Indian journal of veterinary science and animal husbandry - Volume 8,
Year: 1938
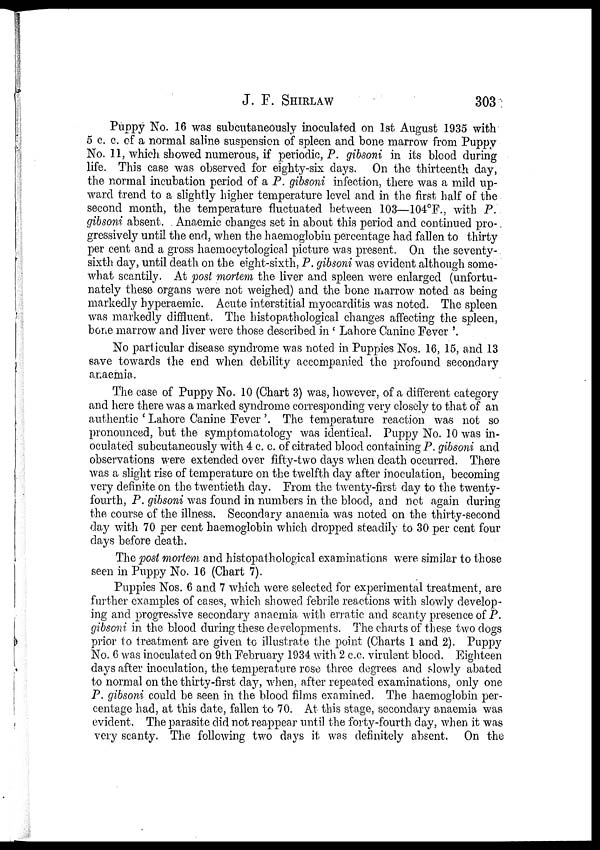
J. F.
SHIRLAW
303
Puppy No. 16 was subcutaneously inoculated on 1st August 1935 with
5 c. c. of a normal saline suspension of spleen and bone marrow from Puppy
No. 11, which showed numerous, if periodic, P. gibsoni in its blood during
life. This case was observed for eighty-six days. On the thirteenth day,
the normal incubation period of a P. gibsoni infection, there was a mild up-
ward trend to a slightly higher temperature level and in the first half of the
second month, the temperature fluctuated between 103—104°F., with P.
gibsoni absent. Anaemic changes set in about this period and continued pro¬
gressively until the end, when the haemoglobin percentage had fallen to thirty
per cent and a gross haemocytological picture was present. On the seventy¬
sixth day, until death on the eight-sixth, P. gibsoni was evident although some-
what scantily. At post mortem the liver and spleen were enlarged (unfortu-
nately these organs were not weighed) and the bone marrow noted as being
markedly hyperaemic. Acute interstitial myocarditis was noted. The spleen
was markedly diffluent. The histopathological changes affecting the spleen,
bone marrow and liver were those described in ' Lahore Canine Fever '.
No particular disease syndrome was noted in Puppies Nos. 16, 15, and 13
save towards the end when debility accompanied the profound secondary
anaemia.
The case of Puppy No. 10 (Chart 3) was, however, of a different category
and here there was a marked syndrome corresponding very closely to that of an
authentic 'Lahore Canine Fever'. The temperature reaction was not so
pronounced, but the symptomatology was identical. Puppy No. 10 was in-
oculated subcutaneously with 4 c. c. of citrated blood containing P. gibsoni and
observations were extended over fifty-two days when death, occurred. There
was a slight rise of temperature on the twelfth day after inoculation, becoming
very definite on the twentieth day. From the twenty-first day to the twenty-
fourth, P. gibsoni was found in numbers in the blood, and not again during
the course of the illness. Secondary anaemia was noted on the thirty-second
day with 70 per cent haemoglobin which dropped steadily to 30 per cent four
days before death.
The post mortem and histopathological examinations were similar to those
seen in Puppy No. 16 (Chart 7).
Puppies Nos. 6 and 7 which were selected for experimental treatment, are
further examples of cases, which showed febrile reactions with slowly develop-
ing and progressive secondary anaemia with erratic and scanty presence of P.
gibsoni in the blood during these developments. The charts of these two dogs
prior to treatment are given to illustrate the point (Charts 1 and 2). Puppy
No. 6 was inoculated on 9th February 1934 with 2 c.c. virulent blood. Eighteen
days after inoculation, the temperature rose three degrees and slowly abated
to normal on the thirty-first day, when, after repeated examinations, only one
P. gibsoni could be seen in the blood films examined. The haemoglobin per-
centage had, at this date, fallen to 70. At this stage, secondary anaemia was
evident. The parasite did not reappear until the forty-fourth day, when it was
very scanty. The following two days it was definitely absent. On the